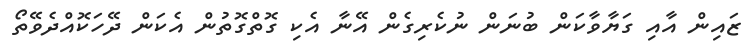
ޒައިން އާއި ގަޔާވާކަން ބުނަން ނުކެރިގެން އޭނާ އެކި ގޮތްގޮތުން އެކަން ދޭހަކޮއްދެވޭތޯ